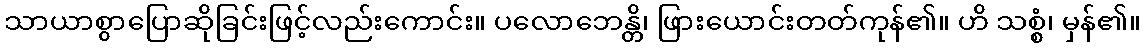
သာယာစွာပြောဆိုခြင်းဖြင့်လည်းကောင်း။ ပလောဘေန္တိ၊ ဖြားယောင်းတတ်ကုန်၏။ ဟိ သစ္စံ၊ မှန်၏။